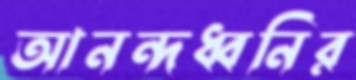
আনন্দধ্বনির